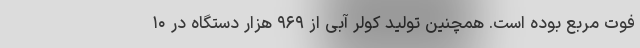
فوت مربع بوده است. همچنین تولید کولر آبی از ۹۶۹ هزار دستگاه در ۱۰